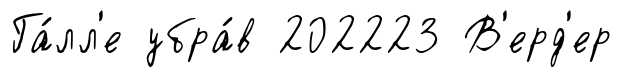
Га́лл'е убра́в 202223 В'ерд'ер